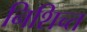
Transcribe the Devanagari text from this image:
निशिच्त